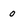
Character: o